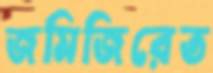
জমিজিরেত